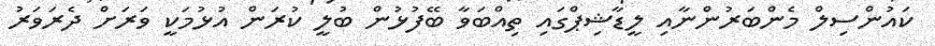
ކައުންސިލް މެންބަރުންނާއި ލީޑާޝިޕްގައި ތިއްބަވާ ބޭފުޅުން ބުލީ ކުރަން އުޅުމަކީ ވަރަށް ދެރަވަރު